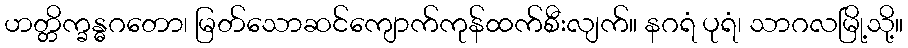
ဟတ္တိက္ခန္ဓဂတော၊ မြတ်သောဆင်ကျောက်ကုန်ထက်စီးလျက်။ နဂရံ ပုရံ၊ သာဂလမြို့သို့။